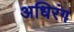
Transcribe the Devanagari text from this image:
अधिरंग